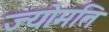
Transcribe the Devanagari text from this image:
ज्योमति